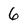
Character: 6